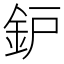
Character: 鈩